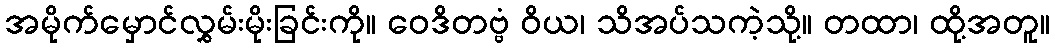
အမိုက်မှောင်လွှမ်းမိုးခြင်းကို။ ဝေဒိတဗ္ဗံ ဝိယ၊ သိအပ်သကဲ့သို့။ တထာ၊ ထို့အတူ။